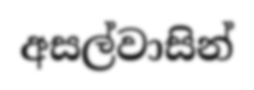
අසල්වාසින්